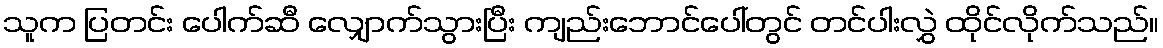
သူက ပြတင်း ပေါက်ဆီ လျှောက်သွားပြီး ကျည်းဘောင်ပေါ်တွင် တင်ပါးလွှဲ ထိုင်လိုက်သည်။